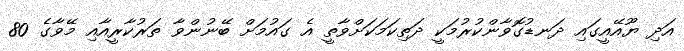
އަދި ޔޫއޭއީގައި ދަނޑުގޮވާންކުރުމަކީ ދަތިކަމަކަށްވާތީ އެ ގައުމަށް ބޭނުންވާ ތަރުކާރީއާއި މޭވާގެ 80